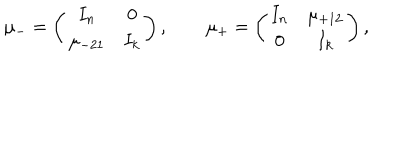
\mu _ { - } = \left( \begin{array} { c c } { { I _ { n } } } & { { 0 } } \\ { { \mu _ { - 2 1 } } } & { { I _ { k } } } \\ \end{array} \right) , \qquad \mu _ { + } = \left( \begin{array} { c c } { { I _ { n } } } & { { \mu _ { + 1 2 } } } \\ { { 0 } } & { { I _ { k } } } \\ \end{array} \right) ,